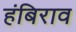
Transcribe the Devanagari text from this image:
हंबिराव